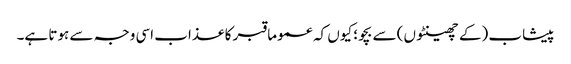
پیشاب (کے چھینٹوں) سے بچو؛ کیوں کہ عموما قبر کا عذاب اسی وجہ سے ہوتا ہے۔